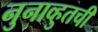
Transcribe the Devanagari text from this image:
नुनाव्हुतची